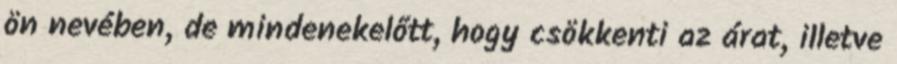
ön nevében, de mindenekelőtt, hogy csökkenti az árat, illetve